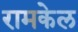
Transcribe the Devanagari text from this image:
रामकेल